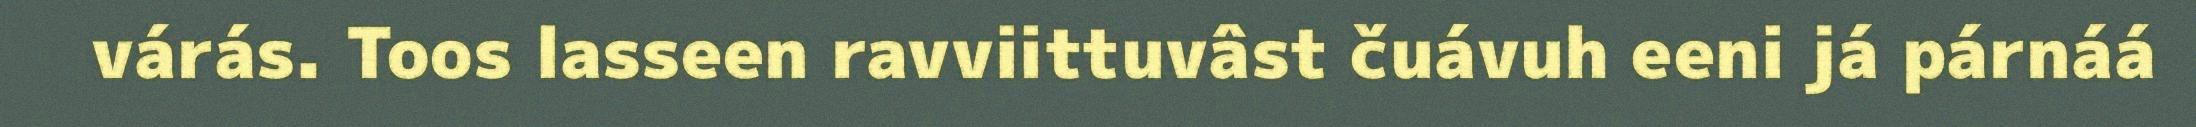
várás. Toos lasseen ravviittuvâst čuávuh eeni já párnáá